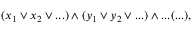
( x _ { 1 } \lor x _ { 2 } \lor . . . ) \wedge ( y _ { 1 } \lor y _ { 2 } \lor . . . ) \wedge . . . ( . . . ) ,